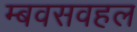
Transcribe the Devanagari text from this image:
म्बवसवहल